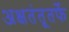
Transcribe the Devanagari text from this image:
अक्षतंतूतर्फे